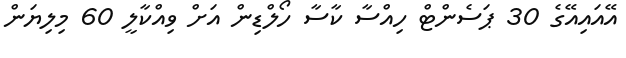
އޭއައިއޭގެ 30 ޕަސެންޓް ހިއްސާ ކާސާ ހޯލްޑިން އަށް ވިއްކާލީ 60 މިލިޔަން